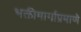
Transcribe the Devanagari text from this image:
भक्तीमार्गाप्रमाणे